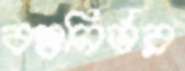
বস্তুনির্ভর